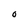
Character: O